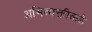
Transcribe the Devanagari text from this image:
अभिव्यक्तीकडे